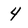
Character: 4